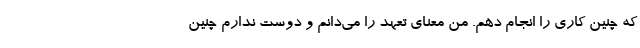
که چنین کاری را انجام دهم. من معنای تعهد را می‌دانم و دوست ندارم چنین